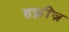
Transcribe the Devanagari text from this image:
हफ्रींज़